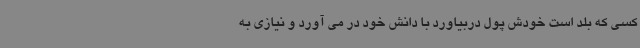
کسی که بلد است خودش پول دربیاورد با دانش خود در می آورد و نیازی به